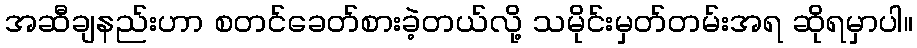
အဆီချနည်းဟာ စတင်ခေတ်စားခဲ့တယ်လို့ သမိုင်းမှတ်တမ်းအရ ဆိုရမှာပါ။